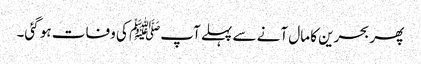
پھر بحرین کا مال آنے سے پہلے آپﷺ کی وفات ہو گئی۔